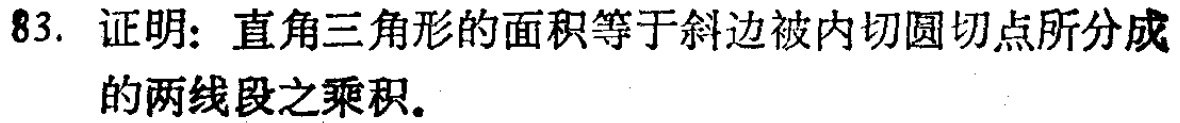
83. 证明：直角三角形的面积等于斜边被内切圆切点所分成的两线段之乘积。